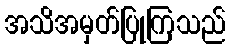
အသိအမှတ်ပြုကြသည်